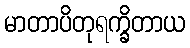
မာတာပိတုရက္ခိတာယ